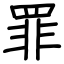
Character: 罪